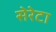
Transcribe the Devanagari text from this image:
सेरेटा